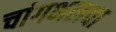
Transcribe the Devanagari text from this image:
चांगभलचा